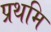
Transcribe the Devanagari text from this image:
प्रथमि